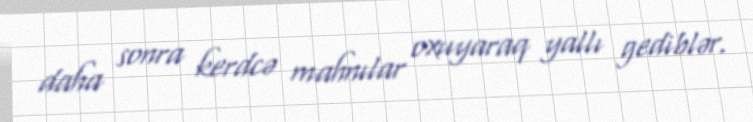
daha sonra kerdcə mahnılar oxuyaraq yallı gediblər.